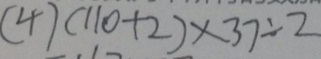
( 4 ) ( 1 1 0 + 2 ) \times 3 7 \div 2